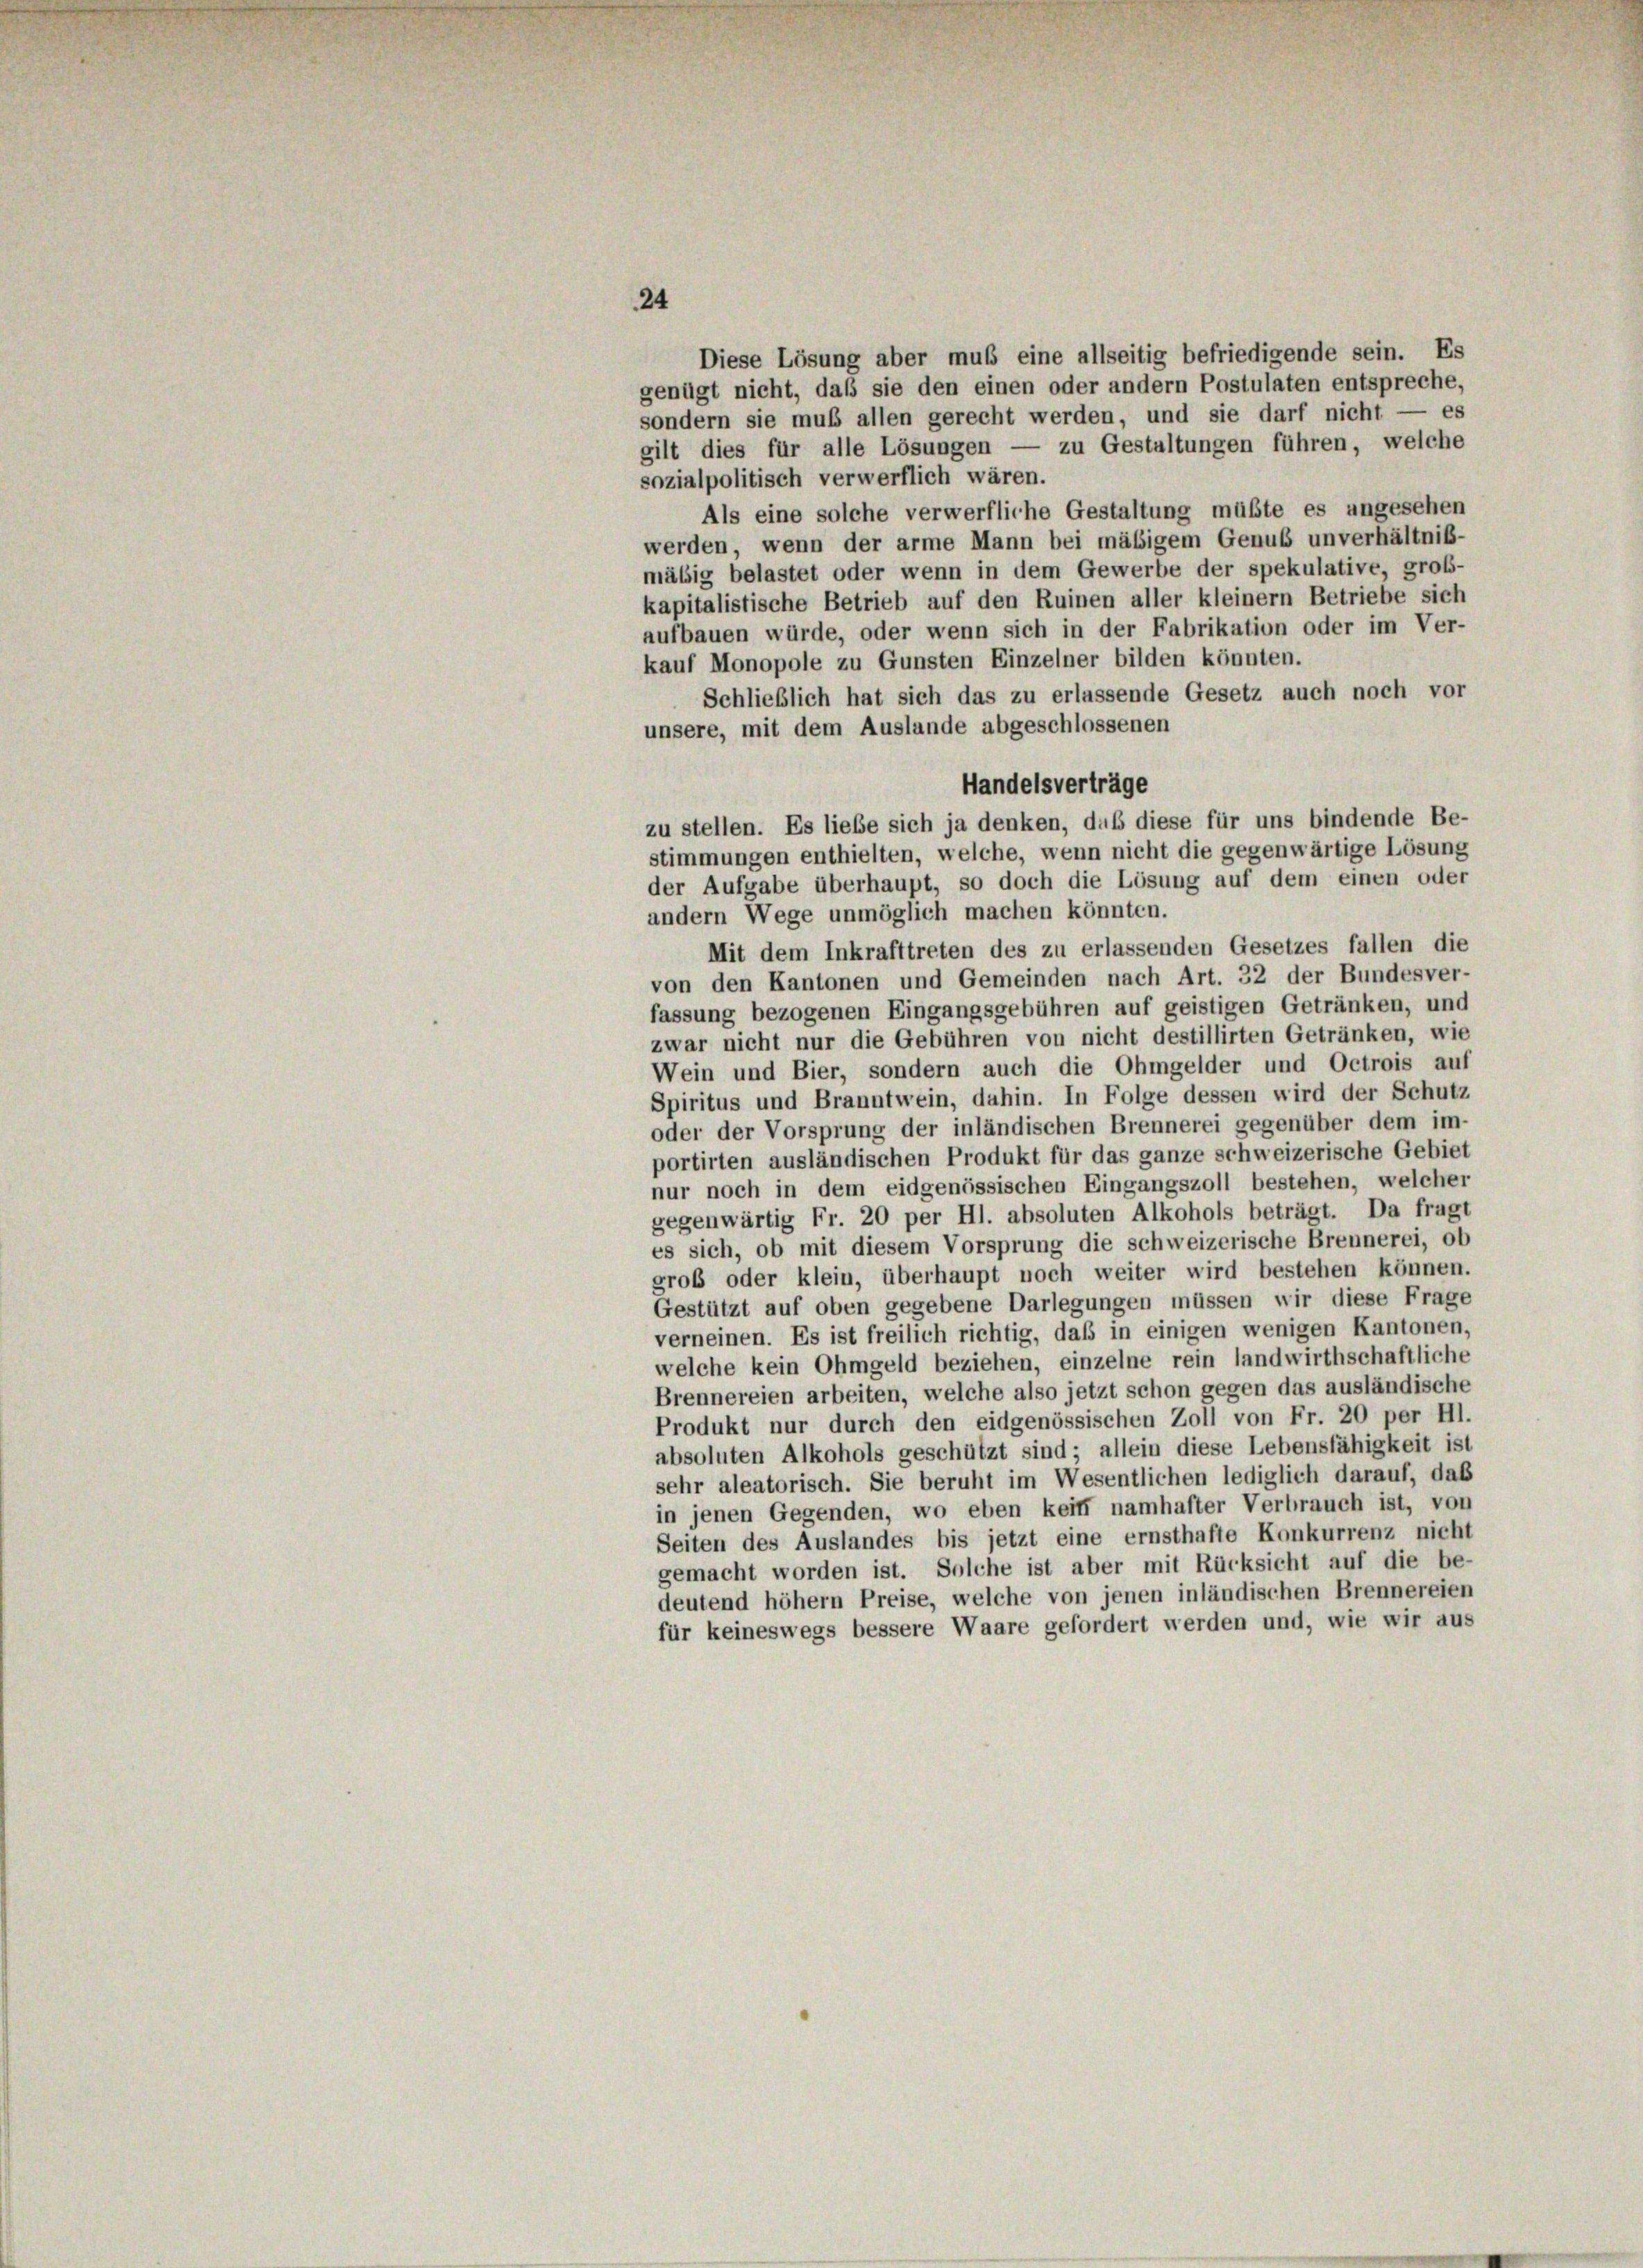
Diese Lösung aber muß eine allseitig befriedigende sein. Es
genügt nicht, daß sie den einen oder andern Postulaten entspreche,
sondern sie muß allen gerecht werden, und sie darf nicht — es
gilt dies für alle Lösungen — zu Gestaltungen führen, welche
sozialpolitisch verwerflich wären.
Als eine solche verwerfliche Gestaltung müßte es angesehen
werden, wenn der arme Mann bei mäßigem Genus unverhältniß-
mäßig belastet oder wenn in dem Gewerbe der spekulative, groß-
kapitalistische Betrieb auf den Ruinen aller kleinem Betriebe sich
aufbauen würde, oder wenn sich in der Fabrikation oder im Ver-
kauf Monopole zu Gunsten Einzelner bilden könnten.
Schließlich hat sich das zu erlassende Gesetz auch noch vor
unsere, mit dem Auslande abgeschlossenen
Handelsverträge
zu stellen. Es liebe sich ja denken, daß diese für uns bindende Be-
stimmungen enthielten, welche, wenn nicht die gegenwärtige Lösung
der Aufgabe überhaupt, so doch die Lösung auf dem einen oder
andern Wege unmöglich machen könnten.
Mit dem Inkrafttreten des zu erlassenden Gesetzes fallen die
von den Kantonen und Gemeinden nach Art. 32 der Bundesver-
fassung bezogenen Eingangsgebühren auf geistigen Getränken, und
zwar nicht nur die Gebühren von nicht destillirten Getränken, wie
Wein und Bier, sondern auch die Ohmgelder und Octrois auf
Spiritus und Branntwein, dahin. In Folge dessen wird der Schutz
oder der Vorsprung der inländischen Brennerei gegenüber dem im-
portirten ausländischen Produkt für das ganze schweizerische Gebiet
nur noch in dem eidgenössischen Eingangszoll bestehen, welcher
gegenwärtig Fr. 20 per Hl. absoluten Alkohols beträgt. Da fragt
es sich, ob mit diesem Vorsprung die schweizerische Brennerei, ob
groß oder klein, überhaupt noch weiter wird bestehen können.
Gestützt auf oben gegebene Darlegungen müssen wir diese Frage
verneinen. Es ist freilich richtig, daß in einigen wenigen Kantonen,
welche kein Ohmgeld beziehen, einzelne rein landwirthschaftliche
Brennereien arbeiten, welche also jetzt schon gegen das ausländische
Produkt nur durch den eidgenössischen Zoll von Fr. 20 per II.
absoluten Alkohols geschützt sind; allein diese Lebensfähigkeit ist
sehr aleatorisch. Sie beruht im Wesentlichen lediglich darauf, daß
in jenen Gegenden, wo eben kein namhafter Verbrauch ist, von
Seiten des Auslandes bis jetzt eine ernsthafte Konkurrenz nicht
gemacht worden ist. Solche ist aber mit Rücksicht auf die be-
deutend höher Preise, welche von jenen inländischen Brennereien
für keineswegs bessere Waare gefordert werden und, wie wir aus

24